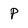
Character: p